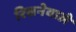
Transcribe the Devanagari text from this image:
रिसनेवाले